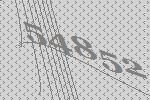
54852